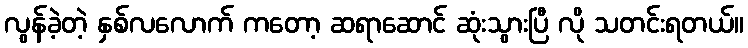
လွန်ခဲ့တဲ့ နှစ်လလောက် ကတော့ ဆရာဆောင် ဆုံးသွားပြီ လို သတင်းရတယ်။